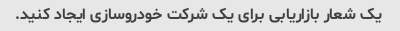
یک شعار بازاریابی برای یک شرکت خودروسازی ایجاد کنید.